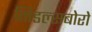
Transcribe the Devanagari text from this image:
मिडल्सबोरो